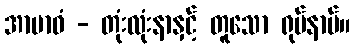
အာဗာဓံ - တုံးလုံးနာနှင့် တူသော ရုပ်နာမ်။